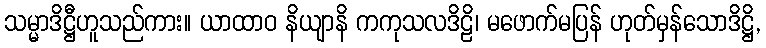
သမ္မာဒိဋ္ဌီဟူသည်ကား။ ယာထာဝ နိယျာနိ ကကုသလဒိဠိ၊ မဖောက်မပြန် ဟုတ်မှန်သောဒိဋ္ဌိ,